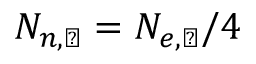
N _ { n , \astrosun } = N _ { e , \astrosun } / 4